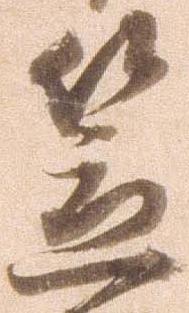
笠